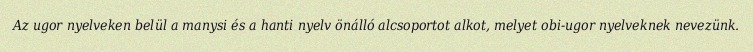
Az ugor nyelveken belül a manysi és a hanti nyelv önálló alcsoportot alkot, melyet obi-ugor nyelveknek nevezünk.